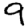
Digit: 9